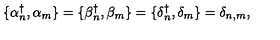
\{ \alpha { ^ \dagger _ { n } } , \alpha _ { m } \} = \{ \beta { _ n ^ { \dagger } } , \beta _ { m } \} = \{ \delta { _ n ^ { \dagger } } , \delta _ { m } \} = \delta _ { n , m } ,